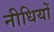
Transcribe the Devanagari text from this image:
नीधियों